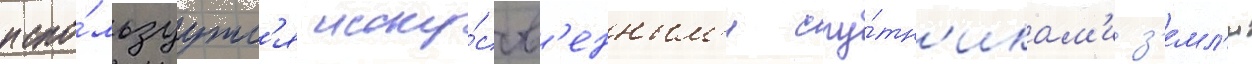
испо́льзуутс'я иску́сств'енным'и спу́тн'икам'и з'емл'и